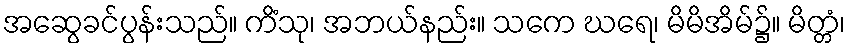
အဆွေခင်ပွန်းသည်။ ကိံသု၊ အဘယ်နည်း။ သကေ ဃရေ၊ မိမိအိမ်၌။ မိတ္တံ၊